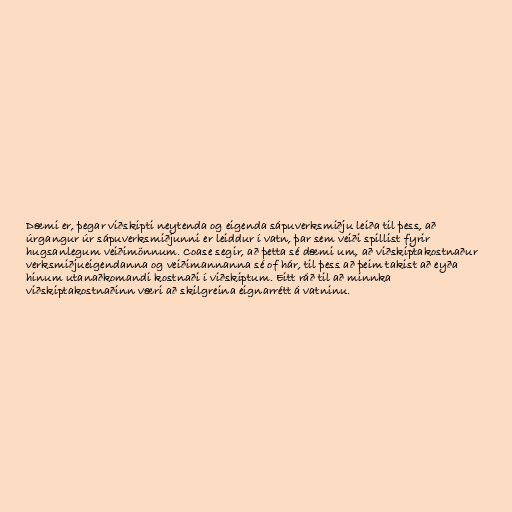
Dæmi er, þegar viðskipti neytenda og eigenda sápuverksmiðju leiða til þess, að
úrgangur úr sápuverksmiðjunni er leiddur í vatn, þar sem veiði spillist fyrir
hugsanlegum veiðimönnum. Coase segir, að þetta sé dæmi um, að viðskiptakostnaður
verksmiðjueigendanna og veiðimannanna sé of hár, til þess að þeim takist að eyða
hinum utanaðkomandi kostnaði í viðskiptum. Eitt ráð til að minnka
viðskiptakostnaðinn væri að skilgreina eignarrétt á vatninu.